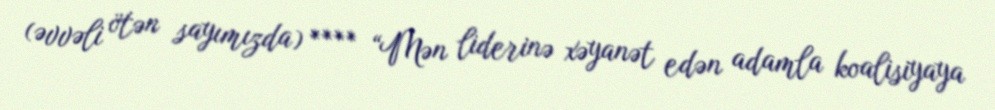
(əvvəli ötən sayımızda) **** “Mən liderinə xəyanət edən adamla koalisiyaya